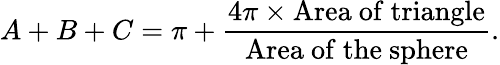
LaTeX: \displaystyle A+B+C=\pi+{\frac{4\pi\times{\mathrm{Area~of~triangle}}}{\mathrm{Area~of~the~sphere}}}.